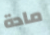
مادة